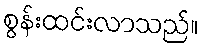
စွန်းထင်းလာသည်။